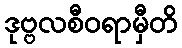
ဒုဗ္ဗလစီဝရာမှီတိ